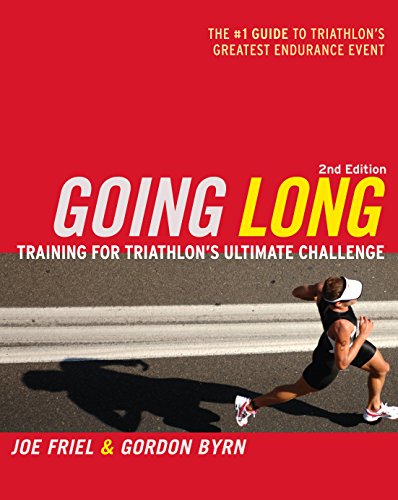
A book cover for Going Long: Training for Triathlon's Ultimate Challenge (Ultrafit Multisport Training Series); Joe Friel; Health, Fitness & Dieting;